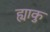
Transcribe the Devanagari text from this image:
ह्याकु